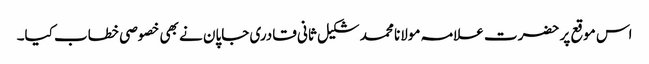
اس موقع پر حضرت علامہ مولانا محمد شکیل ثانی قادری جاپان نے بھی خصوصی خطاب کیا۔